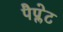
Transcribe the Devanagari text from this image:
पैप्लेट